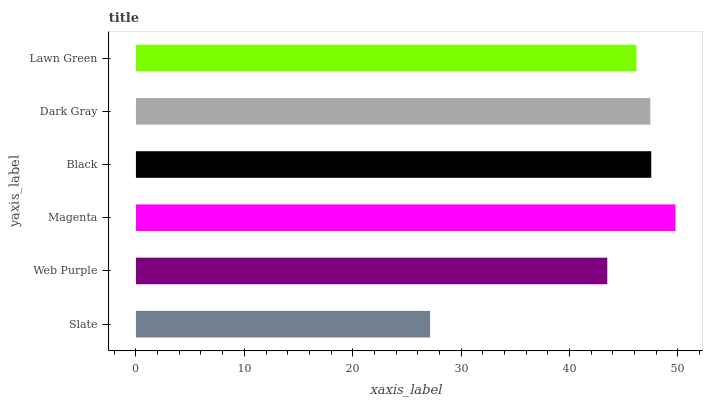
| yaxis_label | bars |
 | --- | --- |
 | Slate | 27.1 |
 | Web Purple | 43.5 |
 | Magenta | 49.8 |
 | Black | 47.5 |
 | Dark Gray | 47.4 |
 | Lawn Green | 46.2 |